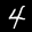
Label: 4